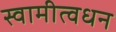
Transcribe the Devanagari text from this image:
स्वामीत्वधन